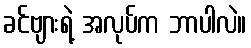
ခင်ဗျားရဲ့ အလုပ်က ဘာပါလဲ။